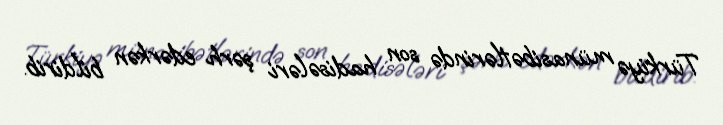
Türkiyə münasibətlərində son hadisələri şərh edərkən bildirib.